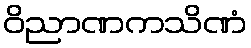
ဝိညာဏကသိဏံ